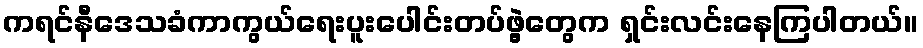
ကရင်နီဒေသခံကာကွယ်ရေးပူးပေါင်းတပ်ဖွဲ့တွေက ရှင်းလင်းနေကြပါတယ်။